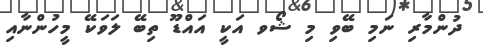
ދުންމާރި ނަމި ބޭވި މި ޝޯވ އަކީ އައްޑޫ ތިބޭ ލަވަކޭ މީހުންނާއި